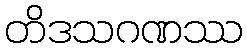
တိဒသဂဏဿ